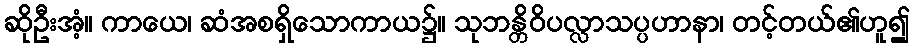
ဆိုဦးအံ့။ ကာယေ၊ ဆံအစရှိသောကာယ၌။ သုဘန္တိဝိပလ္လာသပ္ပဟာနာ၊ တင့်တယ်၏ဟူ၍